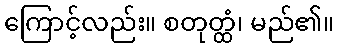
ကြောင့်လည်း။ စတုတ္ထံ၊ မည်၏။